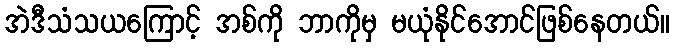
အဲဒီသံသယကြောင့် အစ်ကို ဘာကိုမှ မယုံနိုင်အောင်ဖြစ်နေတယ်။